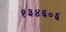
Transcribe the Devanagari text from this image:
१३४६०६